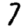
Digit: 7